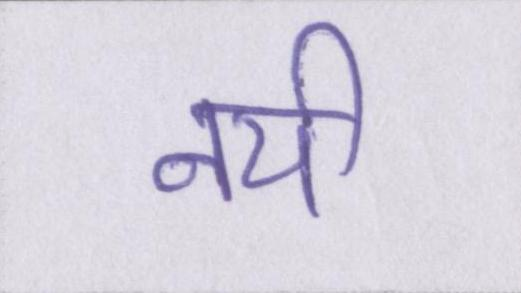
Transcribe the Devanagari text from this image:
नयी